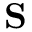
\mathbf { S }